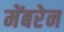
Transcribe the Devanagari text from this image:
मेंबरेन